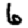
Digit: 6